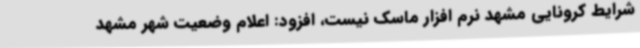
شرایط کرونایی مشهد نرم افزار ماسک نیست، افزود: اعلام وضعیت شهر مشهد